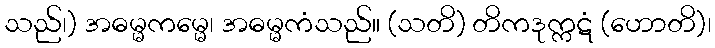
သည်၊) အဓမ္မကမ္မေ၊ အဓမ္မကံသည်။ (သတိ) တိကဒုက္ကဋံ (ဟောတိ)၊